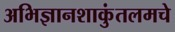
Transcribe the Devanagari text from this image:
अभिज्ञानशाकुंतलमचे